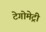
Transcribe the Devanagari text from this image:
टेगोमेट्री